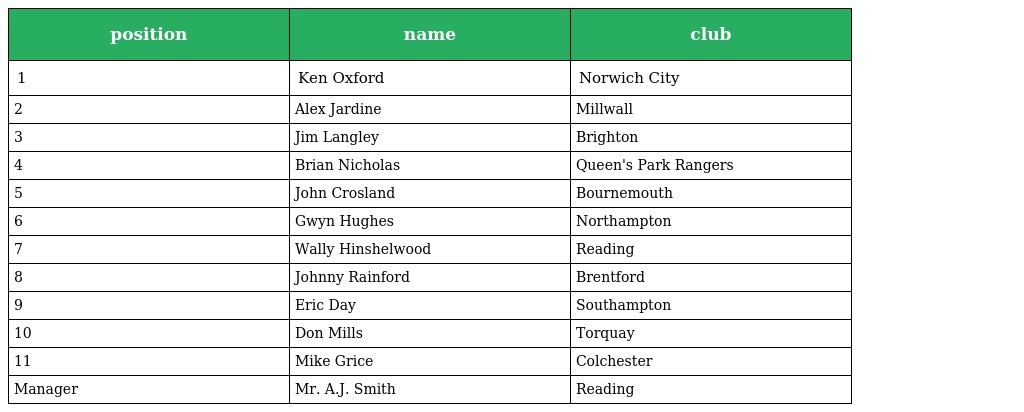
| position | name | club |
 | --- | --- | --- |
 | 1 | Ken Oxford | Norwich City |
 | 2 | Alex Jardine | Millwall |
 | 3 | Jim Langley | Brighton |
 | 4 | Brian Nicholas | Queen's Park Rangers |
 | 5 | John Crosland | Bournemouth |
 | 6 | Gwyn Hughes | Northampton |
 | 7 | Wally Hinshelwood | Reading |
 | 8 | Johnny Rainford | Brentford |
 | 9 | Eric Day | Southampton |
 | 10 | Don Mills | Torquay |
 | 11 | Mike Grice | Colchester |
 | Manager | Mr. A.J. Smith | Reading |